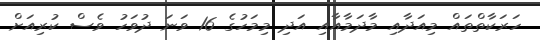
ހަރަކާތްތައް މިއަދާއި މާދަމާއާއި އަދި މިމަހުގެ 16 ވަނަ ދުވަހު ވެސް ކުރިއަށް